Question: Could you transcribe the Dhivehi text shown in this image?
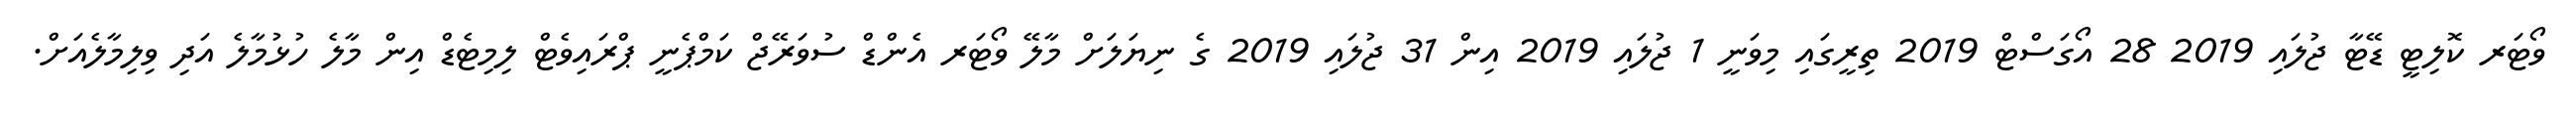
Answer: ވޯޓަރ ކޮލިޓީ ޑޭޓާ ޖުލައި 2019 28 އޯގަސްޓް 2019 ތިރީގައި މިވަނީ 1 ޖުލައި 2019 އިން 31 ޖުލައި 2019 ގެ ނިޔަލަށް މާލޭ ވޯޓަރ އެންޑް ސުވަރޭޖް ކަމްޕެނީ ޕްރައިވެޓް ލިމިޓެޑް އިން މާލެ ހުޅުމާލެ އަދި ވިލިމާލެއަށް.